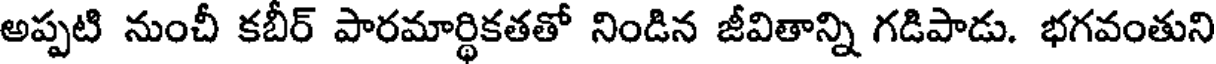
అప్పటి నుంచీ కబీర్ పారమార్ధికతతో నిండిన జీవితాన్ని గడిపాడు. భగవంతుని